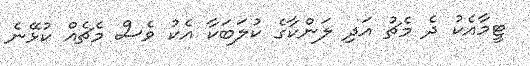
ޓީމާއެކު ދެ މެޗު އަދި ލަންކާގެ ކުލަބަކާ އެކު ވެސް މެޗެއް ކުޅޭނެ